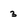
Character: 3